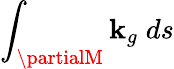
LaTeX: \int_{\partialM}\mathbf{k}_{g}\; ds